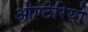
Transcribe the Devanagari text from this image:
ओण्टेरियो